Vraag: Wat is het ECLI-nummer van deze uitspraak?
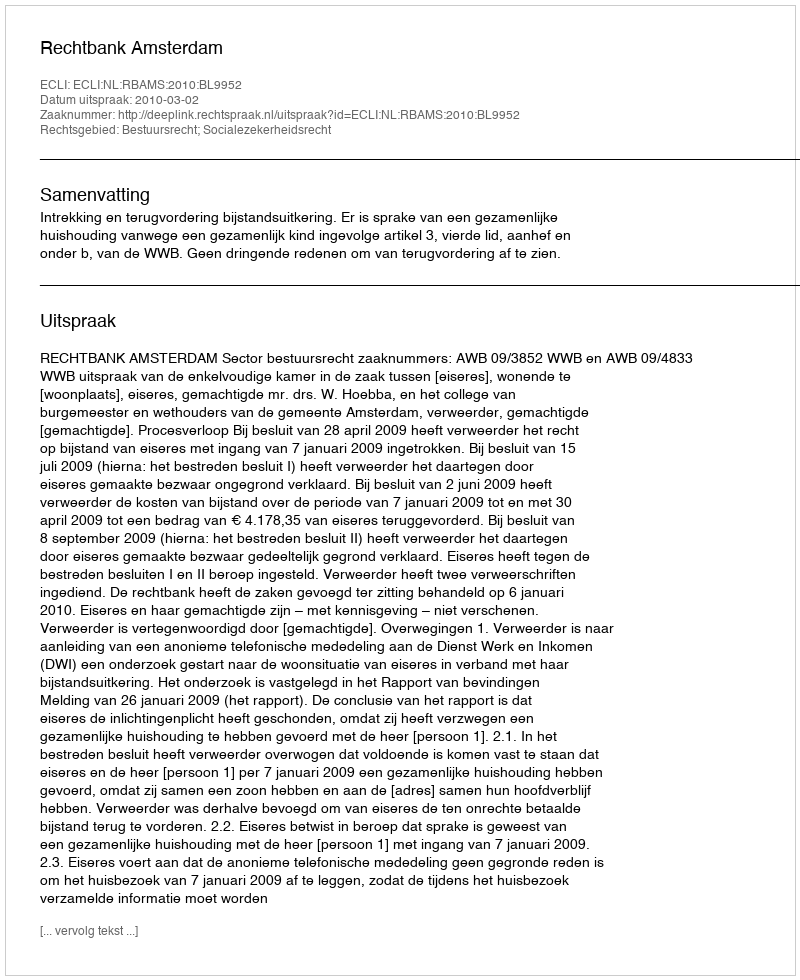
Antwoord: ECLI:NL:RBAMS:2010:BL9952